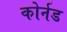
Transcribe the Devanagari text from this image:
कोर्नड